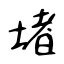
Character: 堵